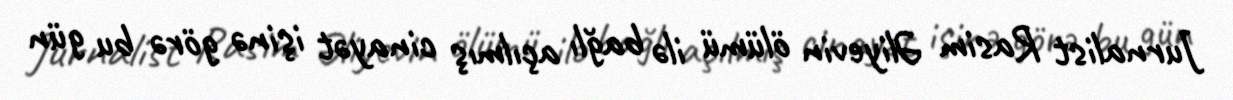
Jurnalist Rasim Əliyevin ölümü ilə bağlı açılmış cinayət işinə görə bu gün